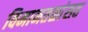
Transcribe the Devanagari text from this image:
विमानतळांसह